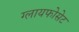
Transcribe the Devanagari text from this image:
ग्लायफोसेट